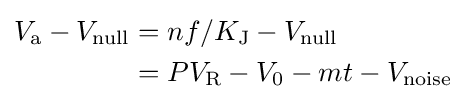
{\begin{aligned}V_{\text{a}}-V_{\text{null}}&=nf/K_{\text{J}}-V_{\text{null}}\\&=PV_{\text{R}}-V_{0}-mt-V_{\text{noise}}\end{aligned}}